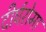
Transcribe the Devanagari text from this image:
दीर्घरोमा